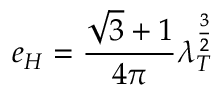
e _ { H } = \frac { \sqrt { 3 } + 1 } { 4 \pi } \lambda _ { T } ^ { \frac { 3 } { 2 } }